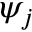
\psi _ { j }